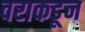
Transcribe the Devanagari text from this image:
वराकडून